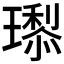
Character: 𭺇